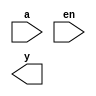
//-----------------------------------------------------------------------------
// analog mux - 5to32 decoder part
//-----------------------------------------------------------------------------
module decoder5x32 (
  `ifdef USE_POWER_PINS
    inout VDD,
    inout VSS,
	`endif
    input [4:0] a,                   // 5 input lines
    input en,                        // enable pin
    output [31:0] y     
);        
endmodule